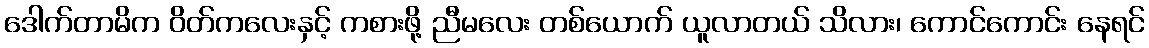
ဒေါက်တာမိက ဝိတ်ကလေးနှင့် ကစားဖို့ ညီမလေး တစ်ယောက် ယူလာတယ် သိလား၊ ကောင်ကောင်း နေရင်